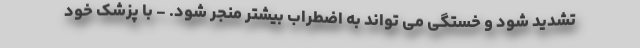
تشدید شود و خستگی می تواند به اضطراب بیشتر منجر شود. - با پزشک خود